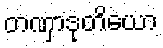
တဏှာဒုတိယော